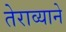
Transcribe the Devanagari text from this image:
तेराव्याने